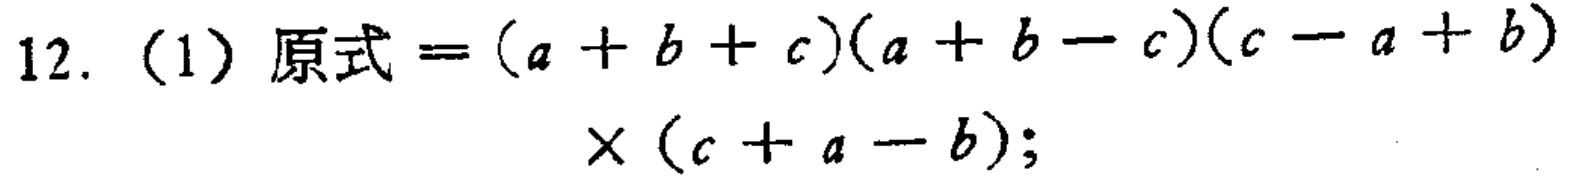
12. (1) 原式\(=(a + b + c)(a + b - c)(c - a + b)\times(c + a - b)\);